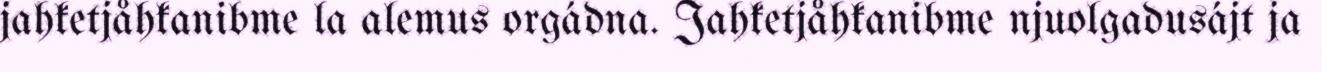
jahketjåhkanibme la alemus orgádna. Jahketjåhkanibme njuolgadusájt ja